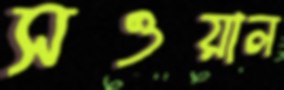
সওয়াল